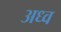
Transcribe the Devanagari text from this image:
अध्व